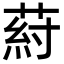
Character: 葤